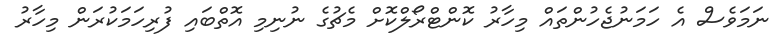
ނަމަވެސް އެ ހަމަނުޖެހުންތައް މިހާރު ކޮންޓްރޯލްކޮށް މެޗުގެ ނުނިމި އޮތްބައި ފުރިހަމަކުރަން މިހާރު